Madras plague regulations and rules - Volume 1
Disease focus: Plague
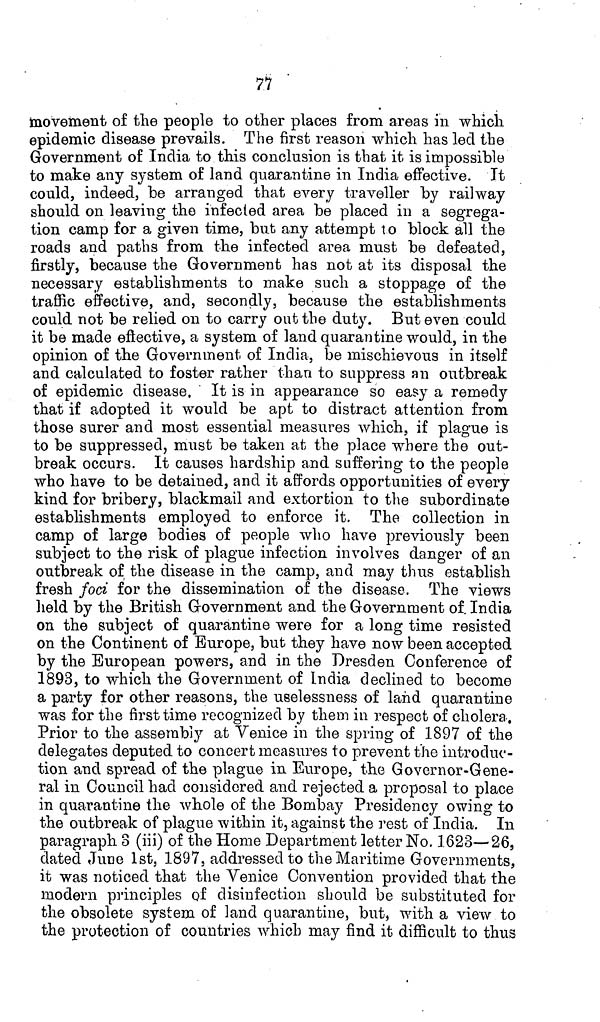
77
movement of the people to other places from areas in which
epidemic disease prevails. The first reason which has led the
Government of India to this conclusion is that it is impossible
to make any system of land quarantine in India effective. It
could, indeed, be arranged that every traveller by railway
should on leaving the infected area be placed in a segrega-
tion camp for a given time, bub any attempt to block all the
roads and paths from the infected area must be defeated,
firstly, because the Government has not at its disposal the
necessary establishments to make such a stoppage of the
traffic effective, and, secondly, because the establishments
could not be relied on to carry out the duty. But even could
it be made effective, a system of land quarantine would, in the
opinion of the Government of India, be mischievous in itself
and calculated to foster rather than to suppress an outbreak
of epidemic disease. It is in appearance so easy a remedy
that if adopted it would be apt to distract attention from
those surer and most essential measures which, if plague is
to be suppressed, must be taken at the place where the out-
break occurs. It causes hardship and suffering to the people
who have to be detained, and it affords opportunities of every
kind for bribery, blackmail and extortion to the subordinate
establishments employed to enforce it. The collection in
camp of large bodies of people who have previously been
subject to the risk of plague infection involves danger of an
outbreak of the disease in the camp, and may thus establish
fresh foci for the dissemination of the disease. The views
held by the British Government and the Government of. India
on the subject of quarantine were for a long time resisted
on the Continent of Europe, but they have now been accepted
by the European powers, and in the Dresden Conference of
1893, to which the Government of India declined to become
a party for other reasons, the uselessness of land quarantine
was for the first time recognized by them in respect of cholera.
Prior to the assembly at Venice in the spring of 1897 of the
delegates deputed to concert measures to prevent the introduc-
tion and spread of the plague in Europe, the Governor-Gene-
ral in Council had considered and rejected a proposal to place
in quarantine the whole of the Bombay Presidency owing to
the outbreak of plague within it, against the rest of India. In
paragraph 8 (iii) of the Home Department letter No. 1623—26,
dated June 1st, 1897, addressed to the Maritime Governments,
it was noticed that the Venice Convention provided that the
modern principles of disinfection should be substituted for
the obsolete system of land quarantine, but, with a view to
the protection of countries which may find it difficult to thus